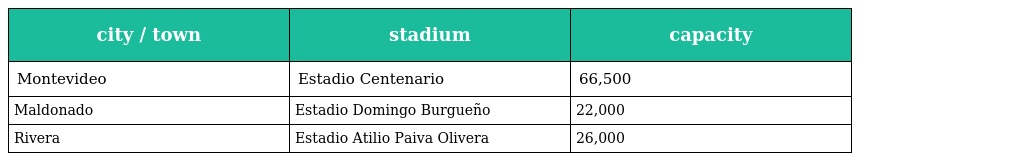
| city / town | stadium | capacity |
 | --- | --- | --- |
 | Montevideo | Estadio Centenario | 66,500 |
 | Maldonado | Estadio Domingo Burgueño | 22,000 |
 | Rivera | Estadio Atilio Paiva Olivera | 26,000 |